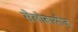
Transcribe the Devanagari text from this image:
सेलोबायोज